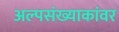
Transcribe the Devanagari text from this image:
अल्पसंख्याकांवर